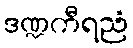
ဒဏ္ဍကီရညံ